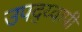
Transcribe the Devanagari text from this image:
उपद्य्वापी